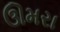
ઊમરા